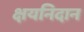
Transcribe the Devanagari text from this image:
क्षयनिदान